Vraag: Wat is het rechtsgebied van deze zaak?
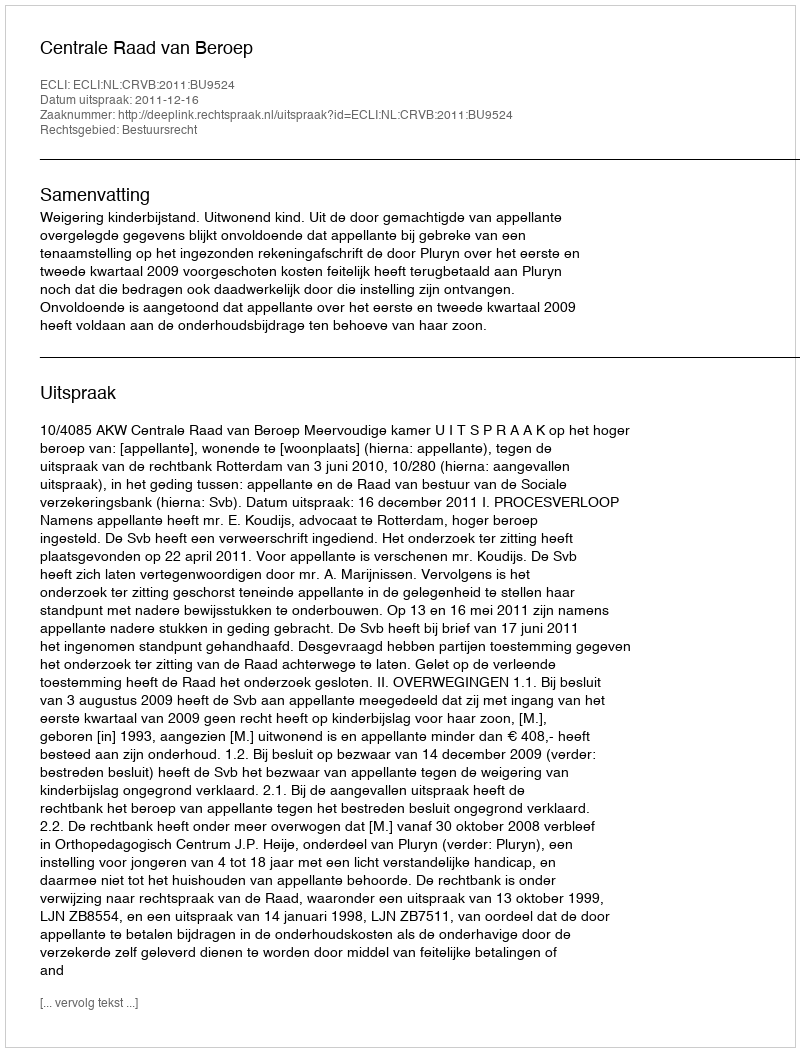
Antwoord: Bestuursrecht